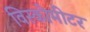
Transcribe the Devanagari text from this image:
विस्कोमीटर